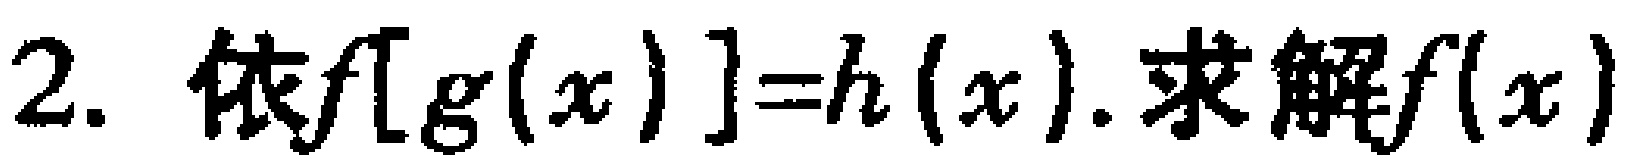
2. 依$f[g(x)] = h(x).$求解$f(x)$